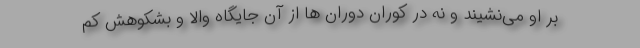
بر او می‌نشیند و نه در کوران دوران ها از آن جایگاه والا و بشکوهش کم